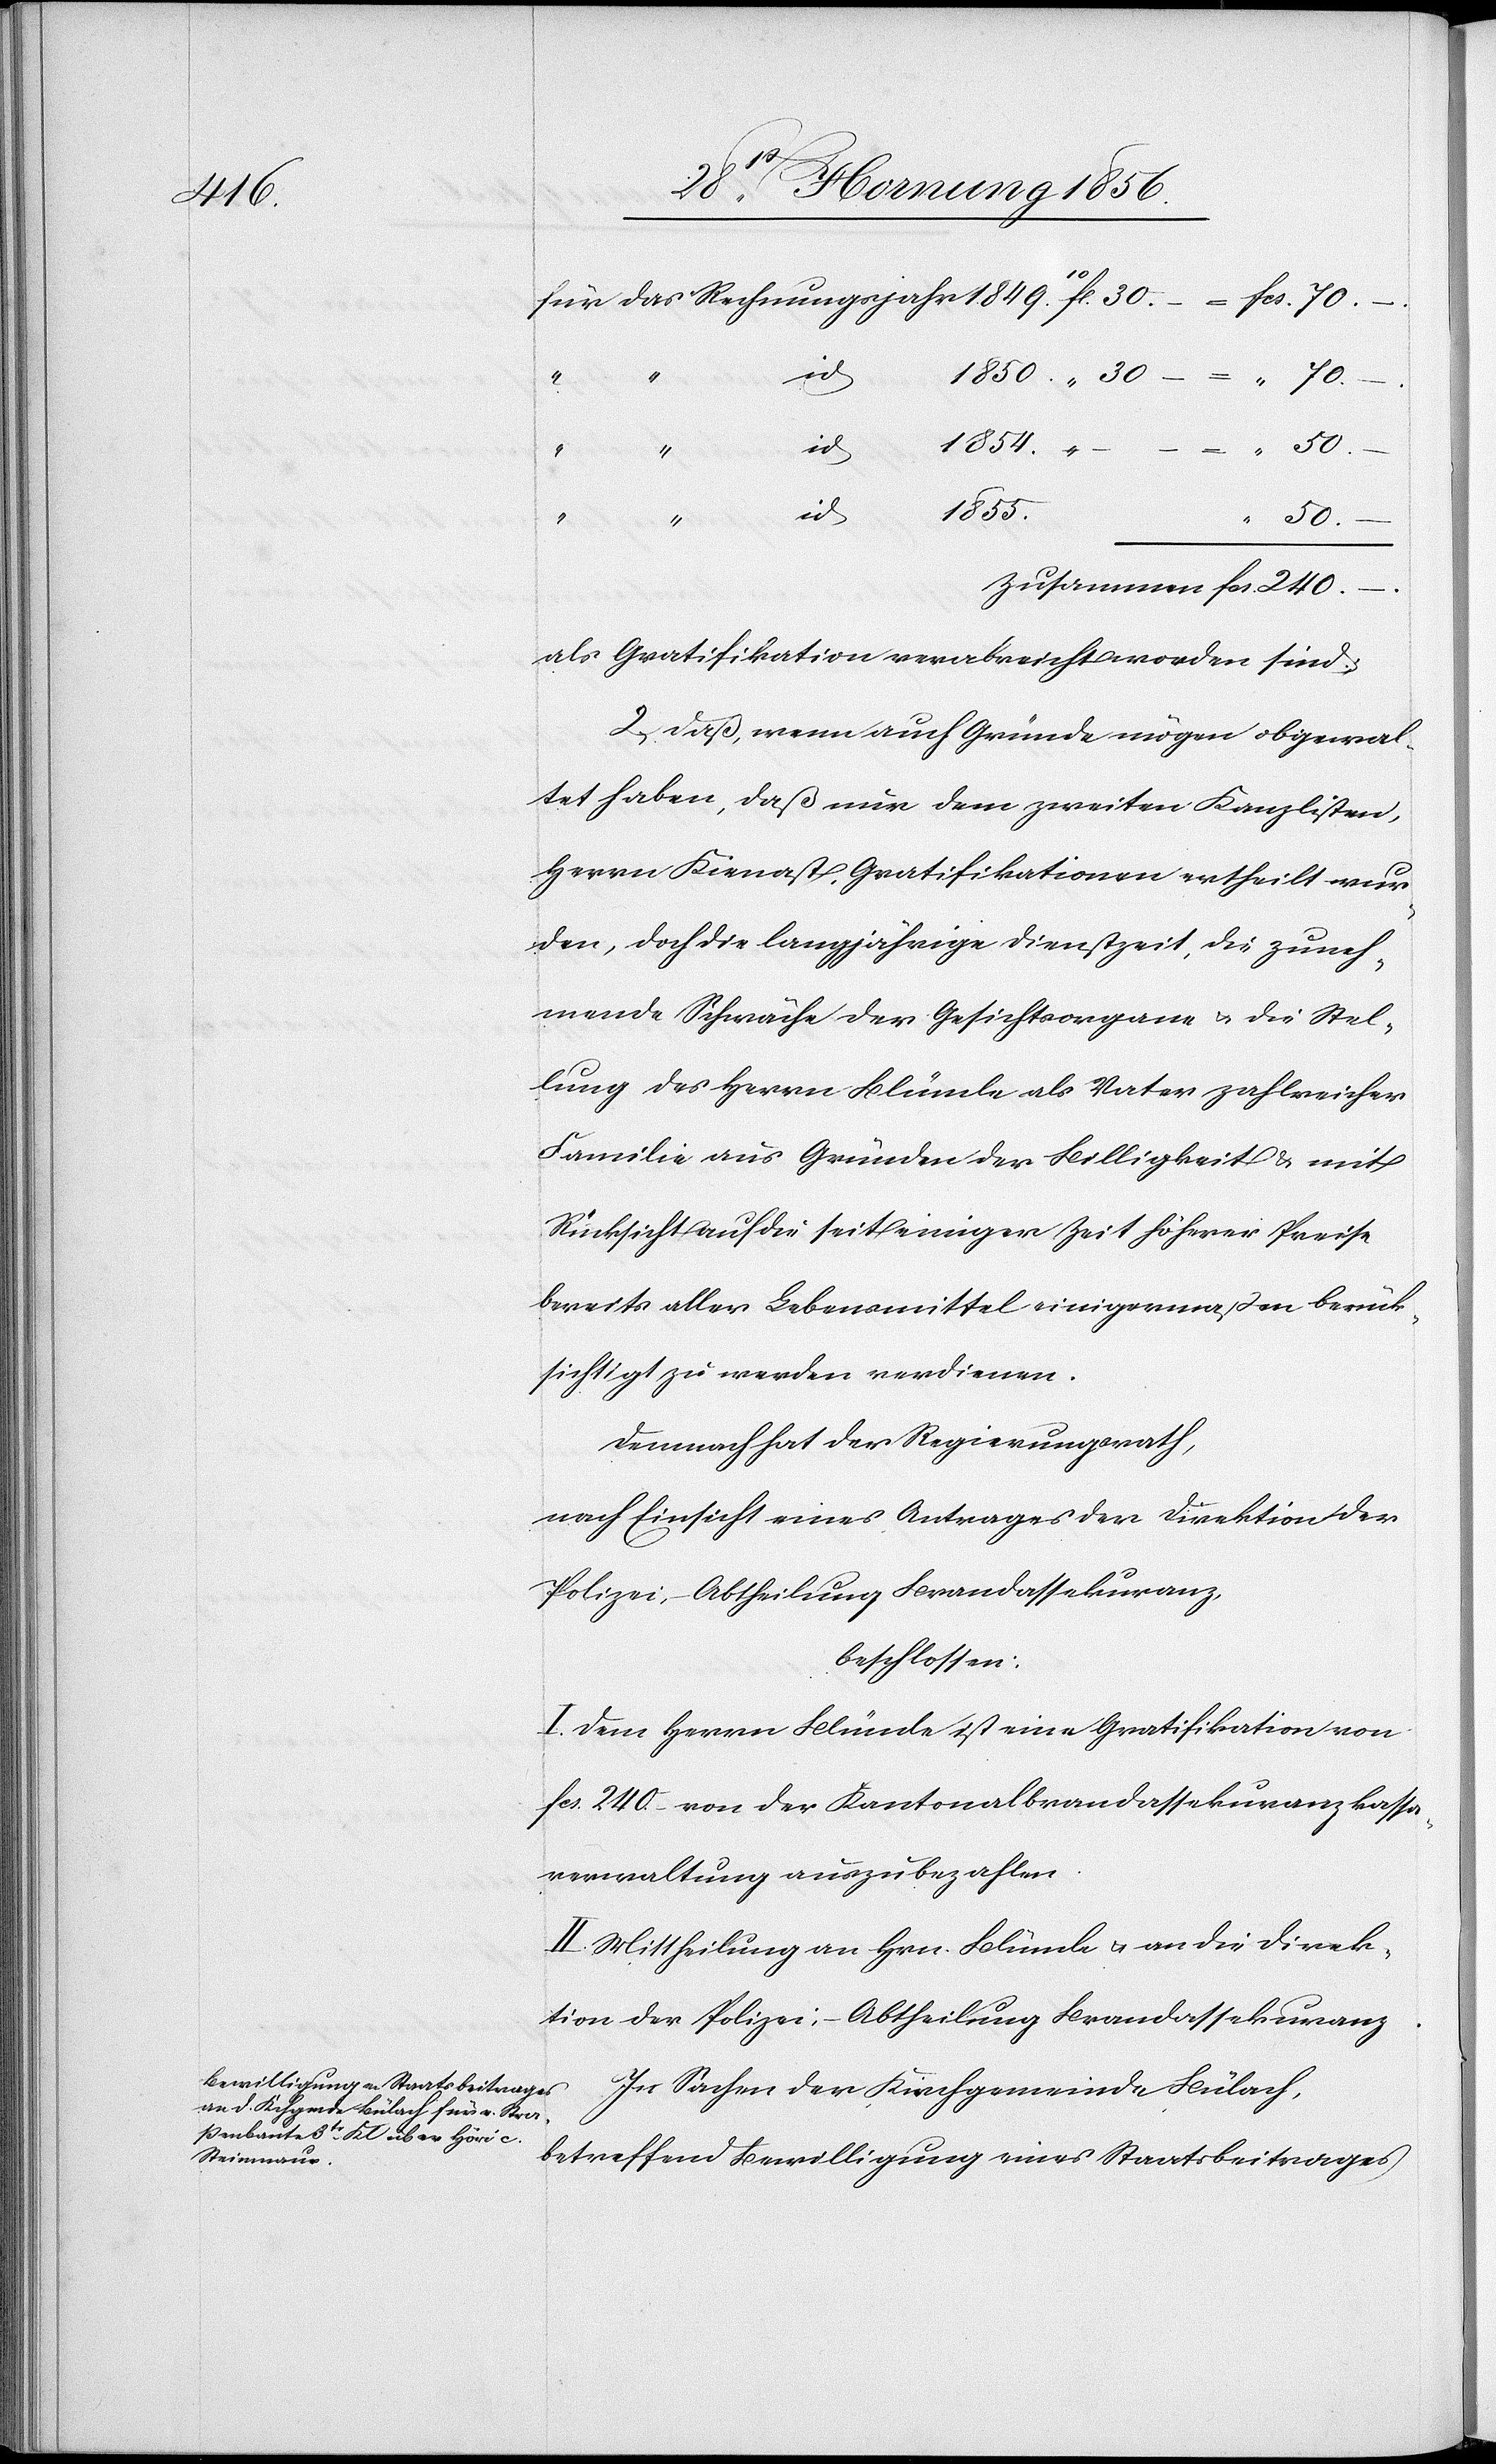
fcs.
1855.
“
240.
mmen
–.
als Gratifikation verabreicht worden sind;
2., Daß, wenn auch Gründe mögen obgewal¬
tet haben, daß nur dem zweiten Kanzlisten,
Herrn Kienast, Gratifikationen ertheilt wur¬
den, doch die langjährige Dienstzeit, die zuneh¬
mende Schwäche der Gesichtsorgane u. die Stel¬
lung des Herrn Blümle als Vater zahlreicher
Familie aus Gründen der Billigkeit & mit
Rücksicht auf die seit einiger Zeit höherer Preise
bereits aller Lebensmittel einigermaßen berück¬
sichtigt zu werden verdienen.
Demnach hat der Regierungsrath,
nach Einsicht eines Antrages der Direktion der
Polizei, – Abtheilung Brandassekuranz,
beschlossen:
I. Dem Herrn Blümle ist eine Gratifikation von
fcs. 240.– von der Kantonalbrandassekuranzkassa¬
verwaltung auszubezahlen.
II. Mittheilung an Hrn. Blümle u. an die Direk¬
tion der Polizei; – Abtheilung Brandassekuranz.
In Sachen der Kirchgemeinde Bülach,
betreffend Bewilligung eines Staatsbeitrages

“